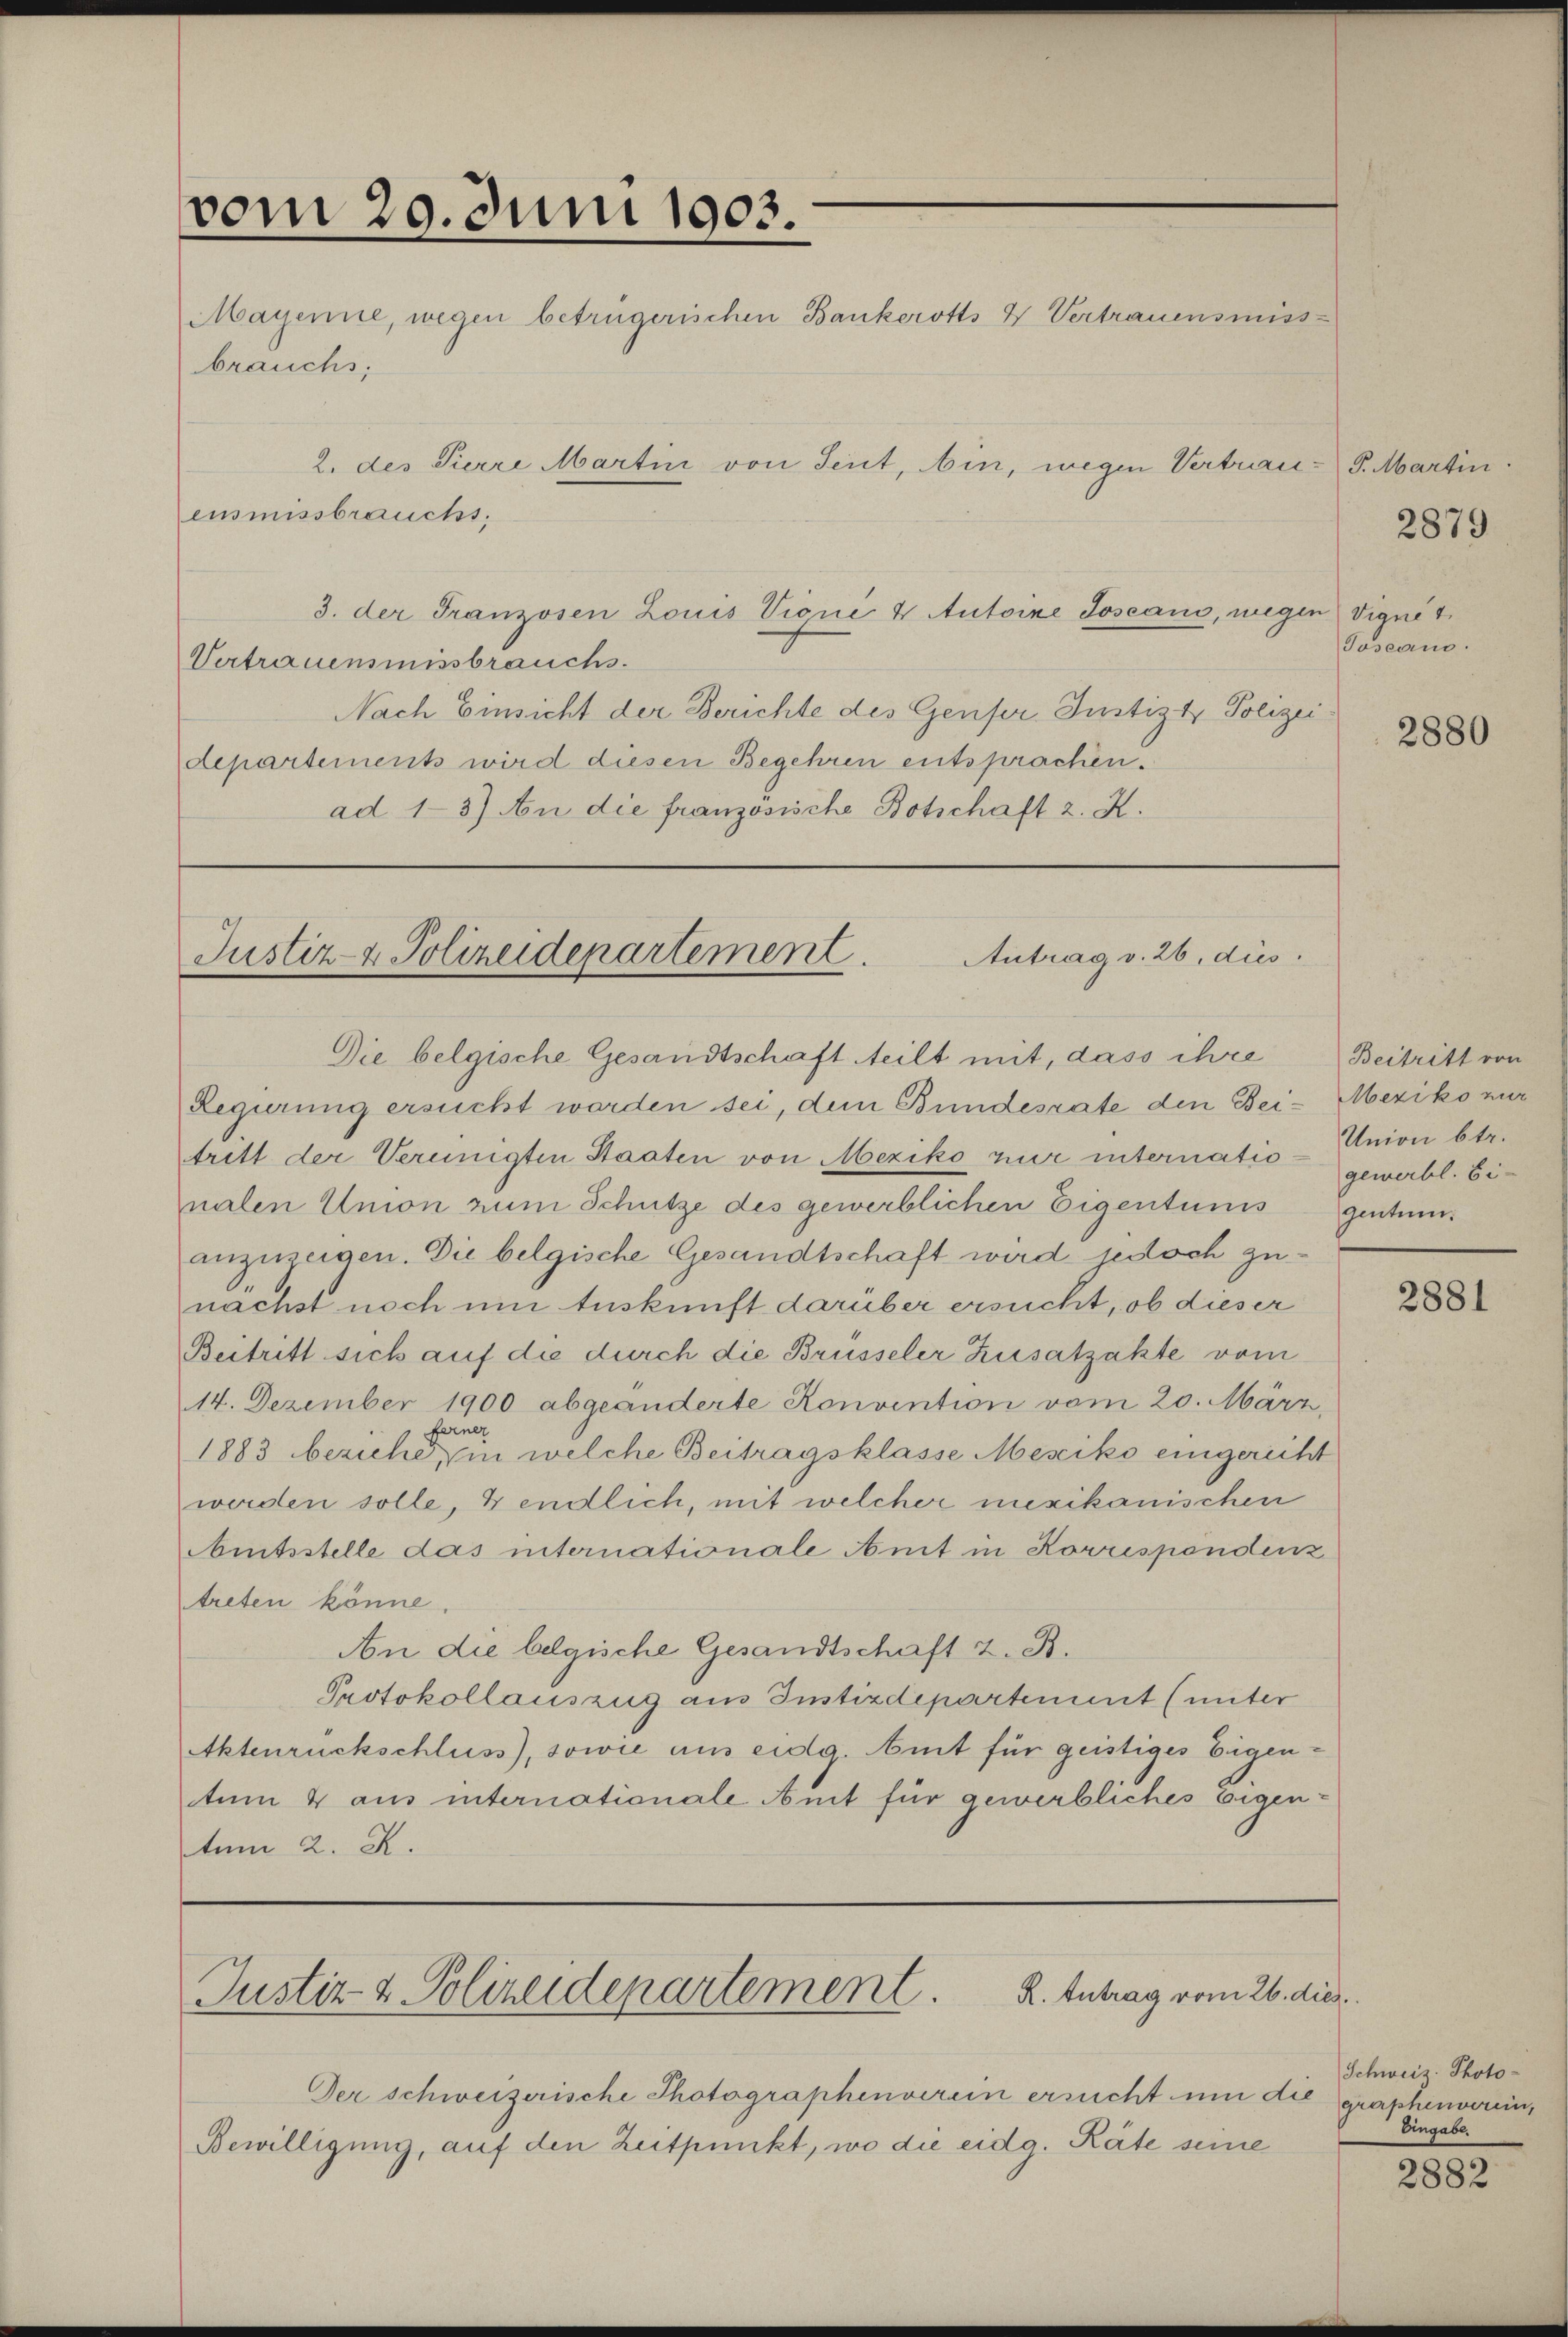
vom 20. Juni 1903.
2. des Pierre Martin von Seit, bin, wegen Vertrau
ensmissbraucht.

brauchs,

Mayenne, wegen betrügerischen Bankerotts 4 Vertrauensmiss-

3. der Franzosen Louis Vigné & Autoine Joseano, wegen Vignet
Vertrauensmissbrauchs.
Nach Einsicht der Berichte des Genfer Justiz & Polizei
departements wird diesen Begehren entsprachen.
ad 13) An die französische Botschaft z. K.

Antrag v. 26, dies
Justiz- & Polizeidepartement

Der schweizerische Photographenverein ersucht un¬
Bewilligung, auf den Zeitpunkt, wo die eidg. Räte seine

Die belgische Gesandtschaft teilt mit, dass ihre
Regierung ersucht worden sei, dem Bundesrate den Beitritt der Vereinigten Staaten von Mexiko nur internationalen Union zum Schütze des gewerblichen Eigentums
anzuzeigen. Die belgische Gesandtschaft wird jedoch zunächst noch um Auskunft darüber ersucht, ob dieser
Beitritt sich auf die durch die Brüsseler Zusatzakte vom
14. Dezember 1900 abgeänderte Konvention vom 20. März.
ferner
1883 beziehe, in welche Beitragsklasse Mesiko eingericht
werden solle, & endlich, mit welcher mexikanischen
Amtsstelle das internationale Anit in Korrispendenz
treten könne.
An die belgische Gesandtschaft 2. B.
Protokollauszug aus Instizdepartement (unter
Aktenrückschluss), sowie aus eidg. Amt für geistiges Eigentum 4 aus internationale Amt für gewerbliches Eigen-
tum 2. X.

R. Antrag vom 26. dies
Justiz- & Polizeidepartement.

P. Martin.

Toseaus.

2879

2880

Beitritt von
Mexiko zur
Union betr.
gewerbl. Ei-
gentum.

2881

Schweiz. Photo-
tie graphenverein,
Eingabe.

2882